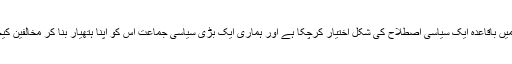
سونامی تو اب ہماری سیاست میں باقاعدہ ایک سیاسی اصطلاح کی شکل اختیار کرچکا ہے اور ہماری ایک بڑی سیاسی جماعت اس کو اپنا ہتھیار بنا کر مخالفین کیخلاف خوب استعمال کرتی ہے۔